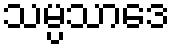
သမ္ပသာဒေ